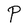
Character: P